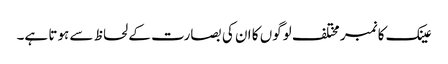
عینک کا نمبر مختلف لوگوں کا ان کی بصارت کے لحاظ سے ہوتا ہے۔